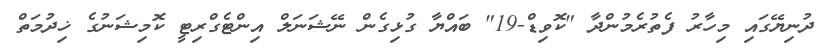
ދުނިޔޭގައި މިހާރު ފެތުރެމުންދާ "ކޮވިޑް-19" ބައްޔާ ގުޅިގެން ނޭޝަނަލް އިންޓެގްރިޓީ ކޮމިޝަނުގެ ޚިދުމަތް